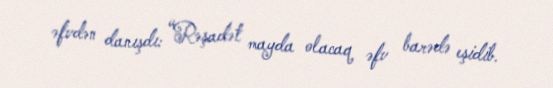
əfvdən danışdı: “Rəşadət mayda olacaq əfv barədə eşidib.